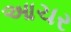
આચર